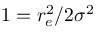
1 = r _ { e } ^ { 2 } / 2 \sigma ^ { 2 }